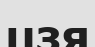
цзя